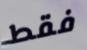
فقط